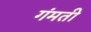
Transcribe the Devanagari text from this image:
गंमती